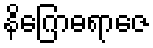
နိဂြောဓရာဇေ